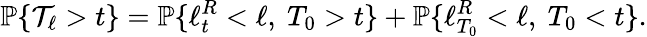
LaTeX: \mathbb{P}\{ \mathcal{T}_{\ell}>t\} =\mathbb{P}\{ \ell_{t}^{R}<\ell,~T_{0}>t\} +\mathbb{P}\{ \ell_{T_{0}}^{R}<\ell,~T_{0}<t\} .